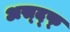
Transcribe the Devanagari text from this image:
अस्द्फ्